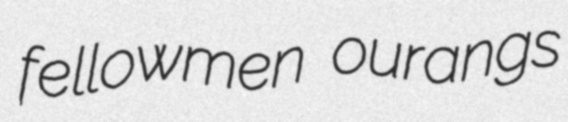
fellowmen ourangs